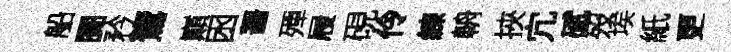
船闠矜鷟巔囦齧殫屐硯伶練輈挾宂碔歿埃紙更